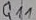
Text: Q11